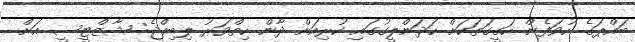
ބައްޕަގެ ހުވަފެން ހަގީގަތަކަށް ހަދަންލީގުގައި ކުރިއަށް ދާން ހިތްވަރު ލިބިއްޖެ: ޝާޒްޓީސީ އަށް